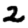
Digit: 2